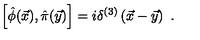
\left[ \hat { \phi } ( \vec { x } ) , \hat { \pi } ( \vec { y } ) \right] = i \delta ^ { ( 3 ) } \left( \vec { x } - \vec { y } \right) \ .